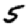
Digit: 5